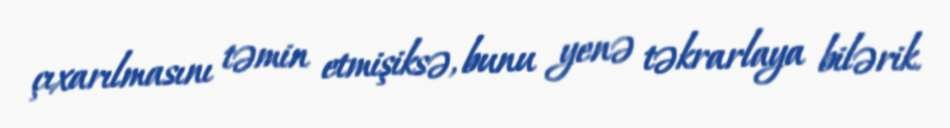
çıxarılmasını təmin etmişiksə, bunu yenə təkrarlaya bilərik.